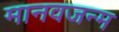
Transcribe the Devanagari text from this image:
मानवजन्म